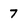
Character: 7